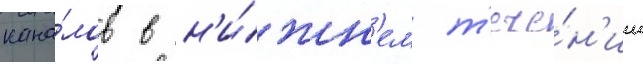
кана́лов в н'и́жн'ем т'ече́н'ии